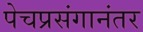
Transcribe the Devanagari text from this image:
पेचप्रसंगानंतर